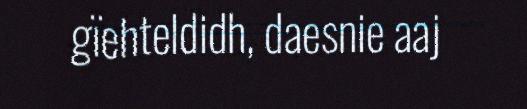
gïehteldidh, daesnie aaj